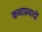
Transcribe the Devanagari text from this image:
कथाप्रवादों